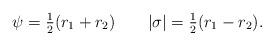
LaTeX: \begin{align*}\psi={\textstyle{\frac{1}{2}}}(r_1+r_2) \qquad|\sigma|={\textstyle{\frac{1}{2}}}(r_1-r_2).\end{align*}